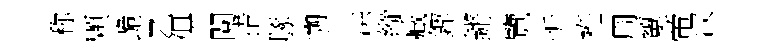
称顆跪乙俱閱措䐁遡洪縱臧鏗鏘覽忻袵周顰帝汉